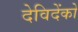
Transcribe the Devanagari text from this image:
देविदेंको